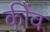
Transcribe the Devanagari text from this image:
कींव